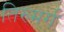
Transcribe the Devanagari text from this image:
तिरुमर्ग